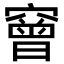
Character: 䆵